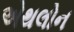
એથલોન